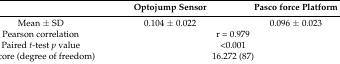
<table><thead><tr><td></td><td><b>Optojump Sensor</b></td><td><b>Pasco force Platform</b></td></tr></thead><tbody><tr><td>Mean ± SD</td><td>0.104 ± 0.022</td><td>0.096 ± 0.023</td></tr><tr><td>Pearson correlation</td><td colspan="2">r = 0.979</td></tr><tr><td>Paired <i>t</i>-test <i>p</i> value</td><td colspan="2">&lt;0.001</td></tr><tr><td>T score (degree of freedom)</td><td colspan="2">16.272 (87)</td></tr></tbody></table>